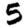
Digit: 5